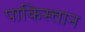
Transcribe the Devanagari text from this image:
पाकिस्त्तान